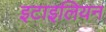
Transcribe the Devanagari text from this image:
इटाइलियन